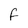
Character: f